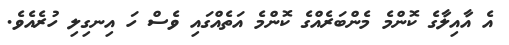
އެ އާއިލާގެ ކޮންމެ މެންބަރެއްގެ ކޮންމެ އަތެއްގައި ވެސް ހަ އިނގިލި ހުރެއެވެ.